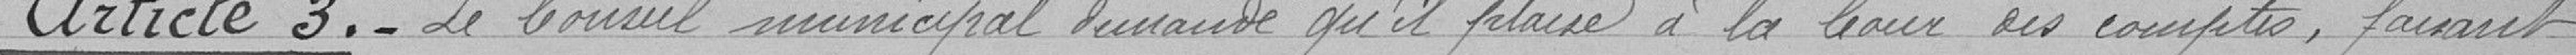
Article3.- Le Conseil municipal demande qu'il plaise à la Cour des comptes, faisant